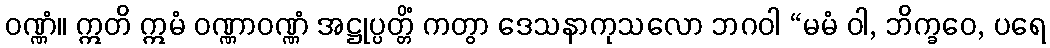
ဝဏ္ဏံ။ ဣတိ ဣမံ ဝဏ္ဏာဝဏ္ဏံ အဋ္ဌုပ္ပတ္တိံ ကတွာ ဒေသနာကုသလော ဘဂဝါ “မမံ ဝါ, ဘိက္ခဝေ, ပရေ